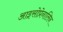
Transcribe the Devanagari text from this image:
आइसोप्रेनालिन